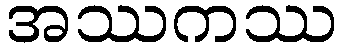
အဿကဿ